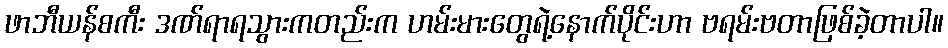
ဖာဘီယန်စကီး ဒဏ်ရာရသွားကတည်းက ဟမ်းမားတွေရဲ့နောက်ပိုင်းဟာ ဗရမ်းဗတာဖြစ်ခဲ့တာပါ။